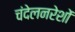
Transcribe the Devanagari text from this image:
चंदेलनरेशों